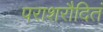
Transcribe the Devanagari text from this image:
पराशरौदितं